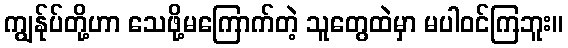
ကျွန်ုပ်တို့ဟာ သေဖို့မကြောက်တဲ့ သူတွေထဲမှာ မပါဝင်ကြဘူး။